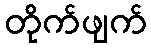
တိုက်ဖျက်